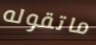
ماتقوله